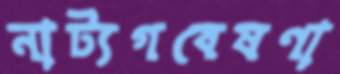
নাট্যগবেষণা